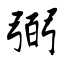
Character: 弼